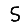
Digit: 5